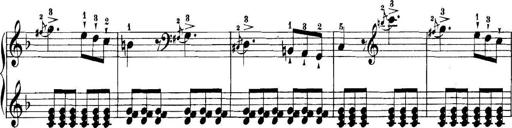
Title: 11 Sonatinas
Composer: Anton Diabelli